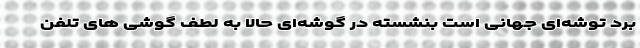
بَرَد توشه‌ای جهانی است بنشسته در گوشه‌ای حالا به لطف گوشی های تلفن